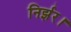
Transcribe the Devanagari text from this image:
निर्झर।